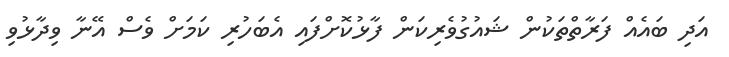
އަދި ބައެއް ފަރާތްތަކުން ޝައުގުވެރިކަން ފާޅުކޮށްފައި އެބަހުރި ކަމަށް ވެސް އޭނާ ވިދާޅުވި